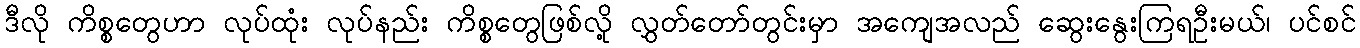
ဒီလို ကိစ္စတွေဟာ လုပ်ထုံး လုပ်နည်း ကိစ္စတွေဖြစ်လို့ လွှတ်တော်တွင်းမှာ အကျေအလည် ဆွေးနွေးကြရဦးမယ်၊ ပင်စင်